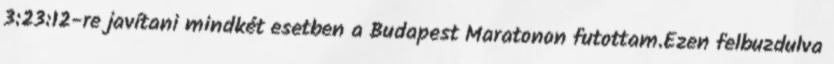
3:23:12-re javítani mindkét esetben a Budapest Maratonon futottam.Ezen felbuzdulva